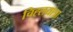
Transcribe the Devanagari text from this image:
चिह्लयात्रा